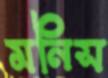
মনিস